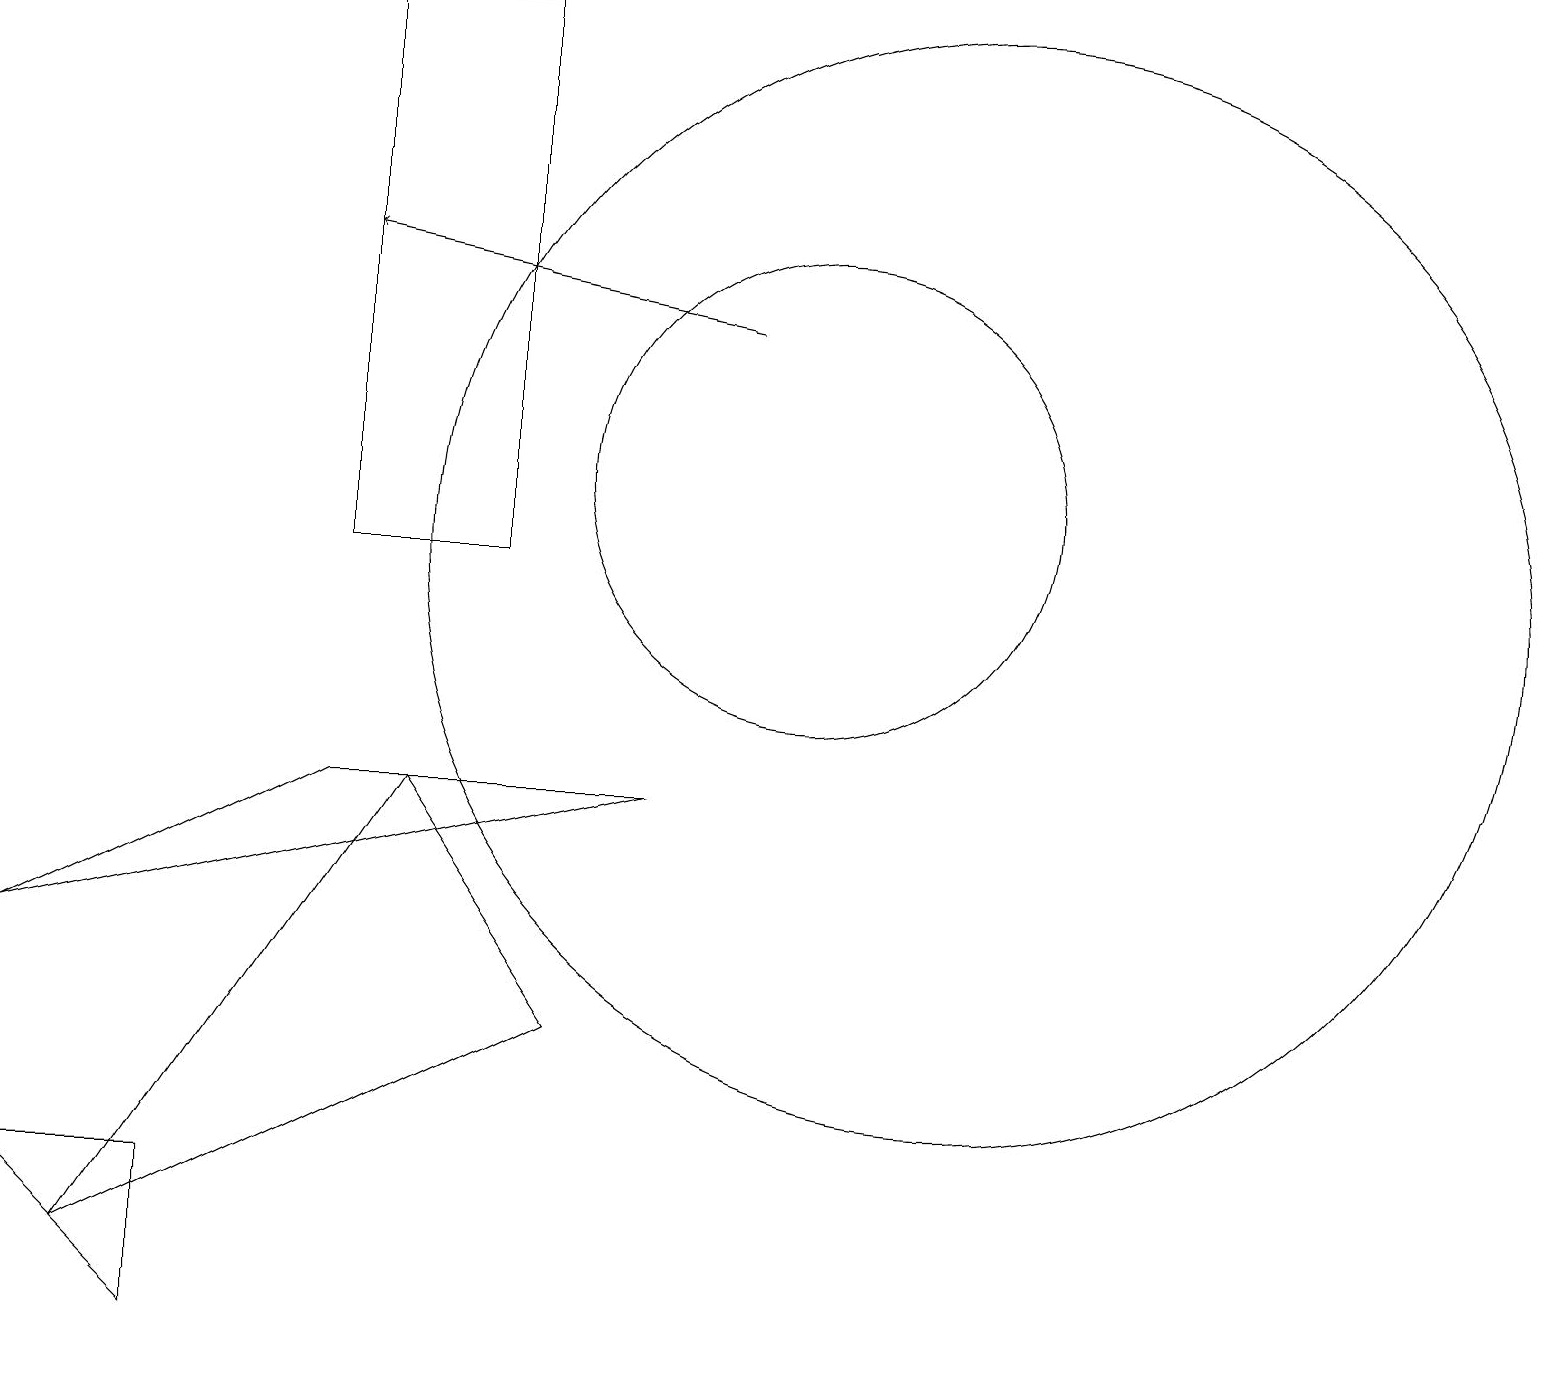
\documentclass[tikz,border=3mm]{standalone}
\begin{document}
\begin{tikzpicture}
\draw (12,10) circle (7);
\draw (6,17) rectangle (4,10);
\draw (1,1) -- (5,7) -- (7,4) -- cycle;
\draw (10,11) circle (3);
\draw[->] (9,13) -- (4,14);
\draw (8,7) -- (0,5) -- (4,7) -- cycle;
\draw (0,2) -- (2,0) -- (2,2) -- cycle;
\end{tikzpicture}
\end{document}